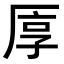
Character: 𠩭